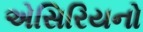
એસિરિયનો